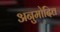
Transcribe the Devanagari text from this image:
अनुमोदित्त